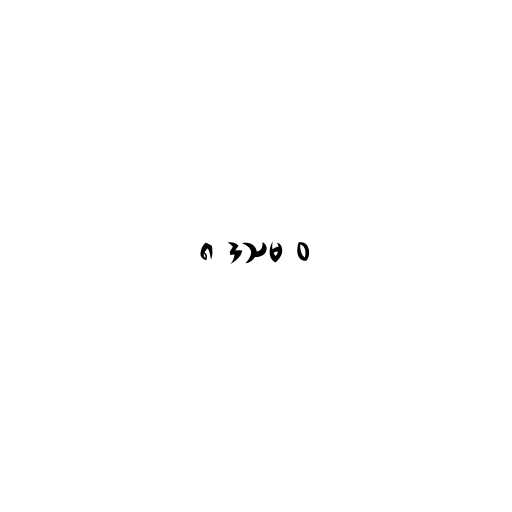
၈ ဒသမ ၀